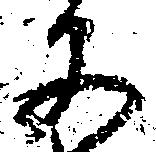
文